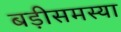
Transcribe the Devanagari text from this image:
बड़ीसमस्या